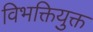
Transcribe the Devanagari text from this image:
विभक्तियुक्त